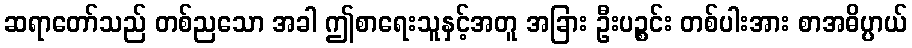
ဆရာတော်သည် တစ်ညသော အခါ ဤစာရေးသူနှင့်အတူ အခြား ဦးပဉ္စင်း တစ်ပါးအား စာအဓိပ္ပာယ်